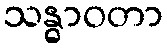
သန္ဓာဝတာ